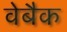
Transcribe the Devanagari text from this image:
वेबैक